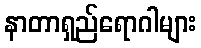
နာတာရှည်ရောဂါများ